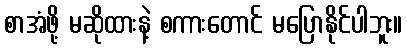
စာအံဖို့ မဆိုထားနဲ့ စကားတောင် မပြောနိုင်ပါဘူး။